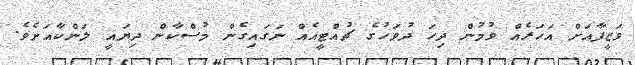
ވަޒީފާއަށް އަހަރެއް ވުމުން ދިހަ ދުވަހުގެ ޗުއްޓީއެއް ނަގައިގެން މުސްކާން ދިޔައީ ލަންކާއަށެވެ.